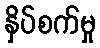
နှိပ်စက်မှု